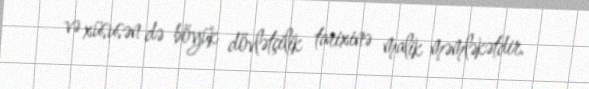
və xüsusən də böyük dövlətçilik tarixinə malik məmləkətdir.